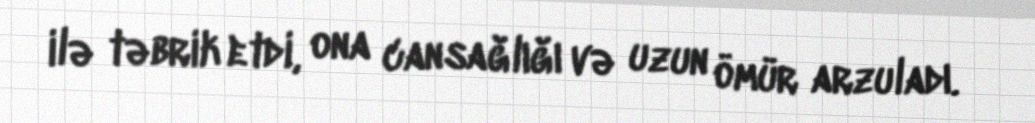
ilə təbrik etdi, ona cansağlığı və uzun ömür arzuladı.